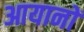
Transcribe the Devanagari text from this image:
आयानों